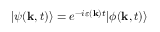
| \psi ( \mathbf { k } , t ) \rangle = e ^ { - i \varepsilon ( \mathbf { k } ) t } | \phi ( \mathbf { k } , t ) \rangle